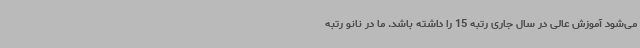
می‌شود آموزش عالی در سال جاری رتبه 15 را داشته باشد. ما در نانو رتبه